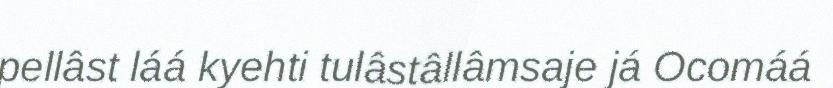
pellâst láá kyehti tulâstâllâmsaje já Ocomáá